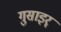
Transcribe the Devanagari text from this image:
गुसाइर्ं